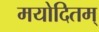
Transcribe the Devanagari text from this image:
मयोदितम्